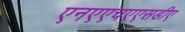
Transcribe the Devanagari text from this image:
एनएएचएएसडीए